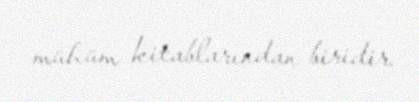
mühüm kitablarından biridir.